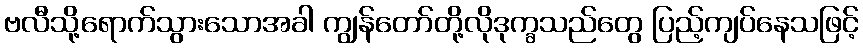
ဗလီသို့ရောက်သွားသောအခါ ကျွန်တော်တို့လိုဒုက္ခသည်တွေ ပြည့်ကျပ်နေသဖြင့်